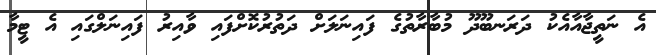
އެ ނަތީޖާއާއެކު ދަރަނބޫދޫ މުބާރާތުގެ ފައިނަލަށް ދަތުރުކޮށްފައި ވާއިރު ފައިނަލްގައި އެ ޓީމާ